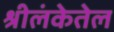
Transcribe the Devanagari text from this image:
श्रीलंकेतेल